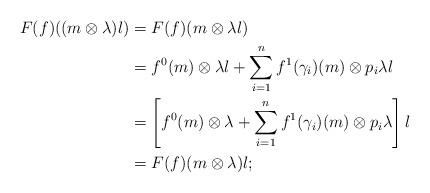
\begin{align*}F(f)((m \otimes \lambda)l) &= F(f)(m \otimes \lambda l)\\ &= f^0(m)\otimes \lambda l + \sum_{i=1}^{n}f^1(\gamma _{i})(m) \otimes p_i \lambda l\\ &= \left[ f^0(m)\otimes \lambda + \sum_{i=1}^{n}f^1(\gamma _{i})(m) \otimes p_i \lambda \right] l\\&= F(f)(m \otimes \lambda) l;\end{align*}